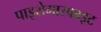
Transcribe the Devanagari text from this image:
पाइरोमारफाइट